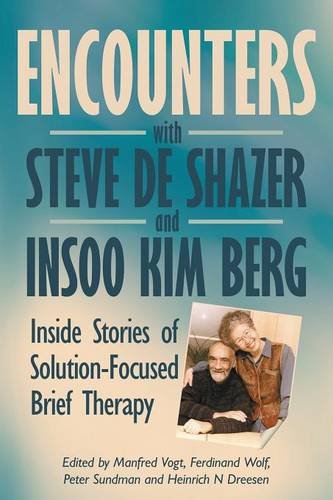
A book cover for Encounters with Steve de Shazer and Insoo Kim Berg: Inside Stories of Solution-Focused Brief Therapy; Biographies & Memoirs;